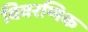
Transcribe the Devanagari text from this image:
विवरणिक